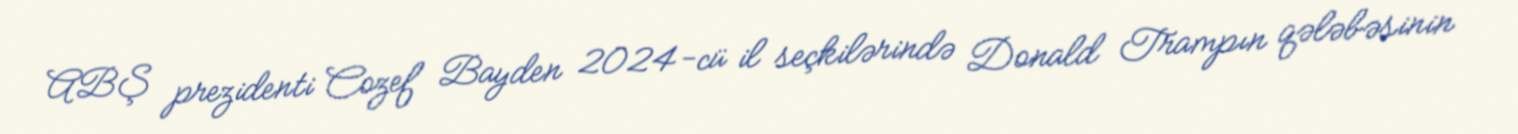
ABŞ prezidenti Cozef Bayden 2024-cü il seçkilərində Donald Trampın qələbəsinin